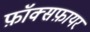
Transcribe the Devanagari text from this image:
फ़ॉक्सफ़ायर